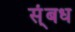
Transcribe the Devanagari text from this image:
स्ंबध